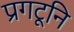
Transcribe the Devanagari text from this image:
प्रगटूनि